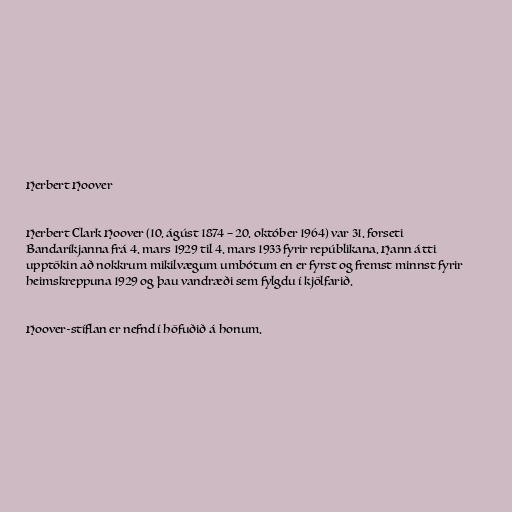
Herbert Hoover

Herbert Clark Hoover (10. ágúst 1874 – 20. október 1964) var 31. forseti
Bandaríkjanna frá 4. mars 1929 til 4. mars 1933 fyrir repúblikana. Hann átti
upptökin að nokkrum mikilvægum umbótum en er fyrst og fremst minnst fyrir
heimskreppuna 1929 og þau vandræði sem fylgdu í kjölfarið.

Hoover-stíflan er nefnd í höfuðið á honum.